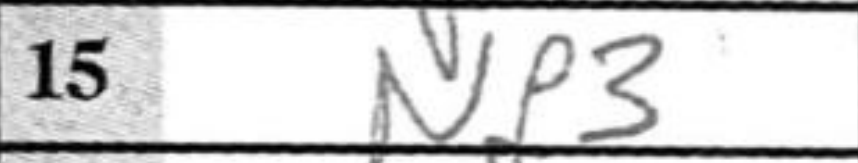
Transcription: Nf3